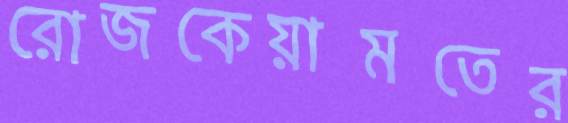
রোজকেয়ামতের